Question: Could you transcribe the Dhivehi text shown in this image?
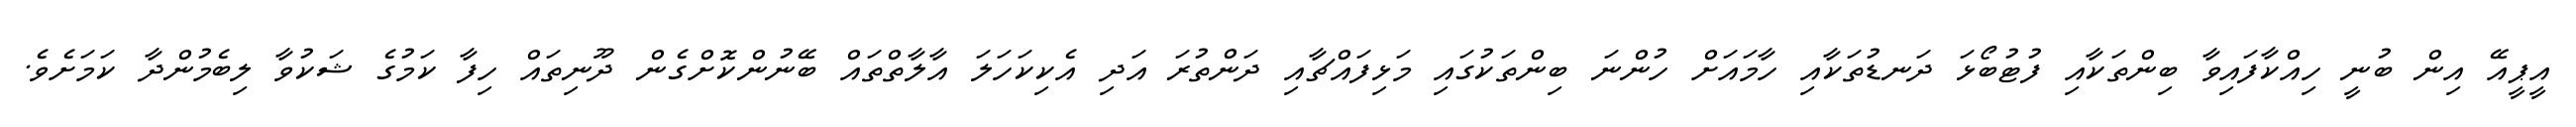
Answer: އީޕީއޭ އިން ބުނީ ހިއްކާފައިވާ ބިންތަކާއި ފުޓުބޯޅަ ދަނޑުތަކާއި ހާމައަށް ހުންނަ ބިންތަކުގައި މަޅިފައްޗާއި ދަންތުރަ އަދި އެކިކަހަލަ އާލާތްތައް ބޭނުންކޮށްގެން ދޫނިތައް ހިފާ ކަމުގެ ޝަކުވާ ލިބެމުންދާ ކަމަށެވެ.